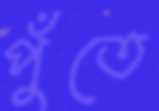
পুঁতে